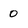
Character: 0